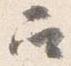
召